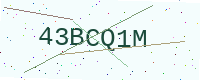
Text: 43BCQ1M